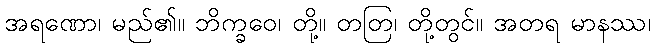
အရဏော၊ မည်၏။ ဘိက္ခဝေ၊ တို့။ တတြ၊ တို့တွင်။ အတရ မာနဿ၊